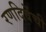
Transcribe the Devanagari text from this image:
रणदिवेंची